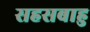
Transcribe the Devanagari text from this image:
सहसबाहु